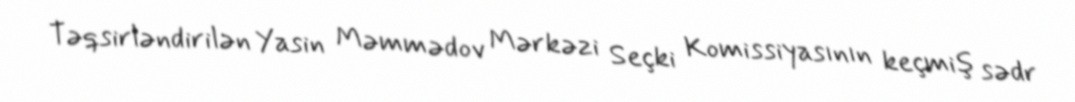
Təqsirləndirilən Yasin Məmmədov Mərkəzi Seçki Komissiyasının keçmiş sədr